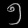
Digit: ၅